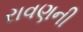
રાવણની